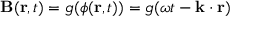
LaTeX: \mathbf { B } ( \mathbf { r } , t ) = g ( \phi ( \mathbf { r } , t ) ) = g ( \omega t - \mathbf { k } \cdot \mathbf { r } )